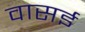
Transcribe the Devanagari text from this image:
वासई